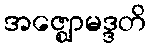
အဇ္ဈောမဒ္ဒတိ